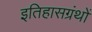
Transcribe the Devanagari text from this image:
इतिहासग्रंथों